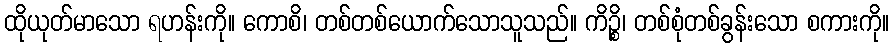
ထိုယုတ်မာသော ရဟန်းကို။ ကောစိ၊ တစ်တစ်ယောက်သောသူသည်။ ကိဉ္စိ၊ တစ်စုံတစ်ခွန်းသော စကားကို။